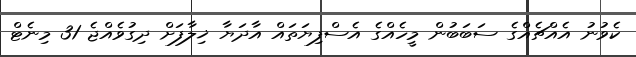
ކެވުނު އެއްޗެއްގެ ސަބަބުން މީހެއްގެ އެސްފިޔަތައް އާދަޔާ ޚިލާފަށް ދިގުވެއްޖެ 31 މިނެޓް